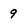
Character: 9